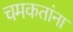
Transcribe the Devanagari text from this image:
चमकतांना